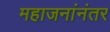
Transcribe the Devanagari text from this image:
महाजनांनंतर